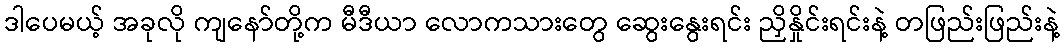
ဒါပေမယ့် အခုလို ကျနော်တို့က မီဒီယာ လောကသားတွေ ဆွေးနွေးရင်း ညှိနှိုင်းရင်းနဲ့ တဖြည်းဖြည်းနဲ့